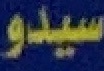
سیدو